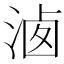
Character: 𣶓